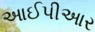
આઈપીઆર